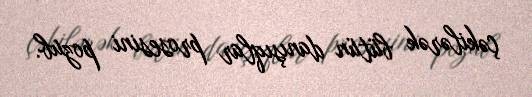
çəkilərək bütün danışıqlar prosesini pozub.